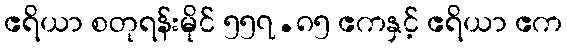
ဧရိယာ စတုရန်းမိုင် ၅၅၇.၈၅ ဧကနှင့် ဧရိယာ ဧက